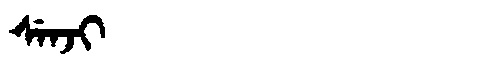
Manchu: ᠰᡝᠨᠵᡳ
Romanization: SENJI